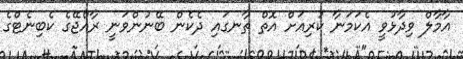
އާމާލް ވިދާޅުވީ އެކަމަނާ ކުރިއަށް އޮތް ތާނގައި ދެކެން ބޭނުންވަނީ ރާއްޖޭގެ ކެބިނެޓްގެ